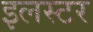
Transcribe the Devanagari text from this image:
इलस्टर